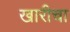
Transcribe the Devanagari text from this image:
खारीचा